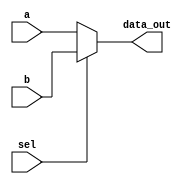
module Mux2way32(data_out, a, b, sel);

	output reg [31:0] data_out; 
	input wire [31:0] a, b;
	input wire sel;
	wire not_sel, w1, w2, w3, w4; // w1 = a.b; w2 = b.sel; w3 = a.not_sel; w4 = w1 + w2

	always@(a or b or sel)
	begin
		if(sel)
			data_out = b;
		else
			data_out = a;
	end

endmodule